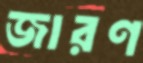
জারণ